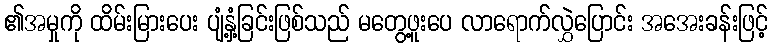
၏အမှုကို ထိမ်းမြားပေး ပျံ့နှံ့ခြင်းဖြစ်သည် မတွေ့ဖူးပေ လာရောက်လွှဲပြောင်း အအေးခန်းဖြင့်